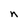
Character: n